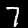
Label: 7